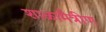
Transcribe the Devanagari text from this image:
शाळामैत्रीण